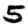
Digit: 5